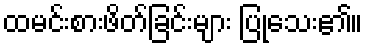
ထမင်းစားဖိတ်ခြင်းများ ပြုသေး၏။